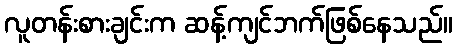
လူတန်းစားချင်းက ဆန့်ကျင်ဘက်ဖြစ်နေသည်။